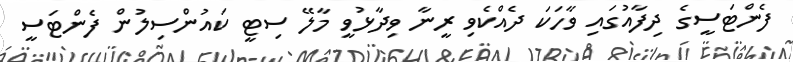
ފެންޓަސީގެ ދިފާއުގައި ވާހަކަ ދެއްކެވި ރީނާ ވިދާޅުވީ މާލޭ ސިޓީ ކައުންސިލުން ފެންޓަސީ